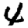
Digit: 4